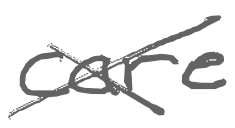
Text: care
Cross-out: cross
Writing tool: digital_gray